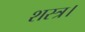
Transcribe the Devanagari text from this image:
शस्त्र।